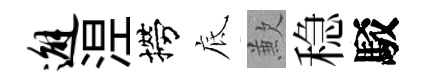
邂𣵀撈底歉稳駁